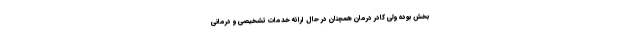
بخش بوده ولی کادر درمان همچنان در حال ارائه خدمات تشخیصی و درمانی